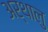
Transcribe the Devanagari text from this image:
अर्थालु